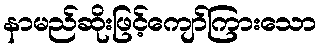
နာမည်ဆိုးဖြင့်ကျော်ကြားသော